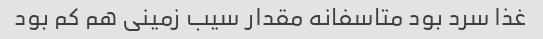
غذا سرد بود متاسفانه مقدار سیب زمینی هم کم بود